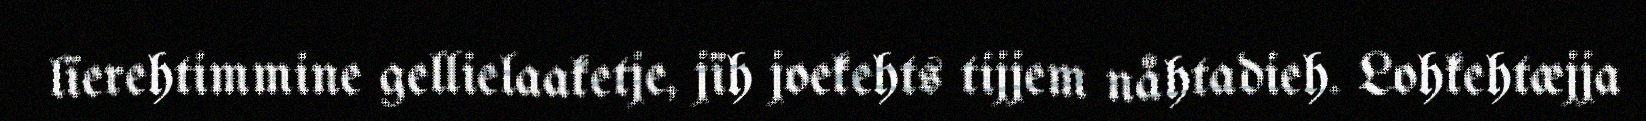
lïerehtimmine gellielaaketje, jïh joekehts tijjem nåhtadieh. Lohkehtæjja